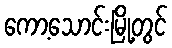
ကော့သောင်းမြို့တွင်